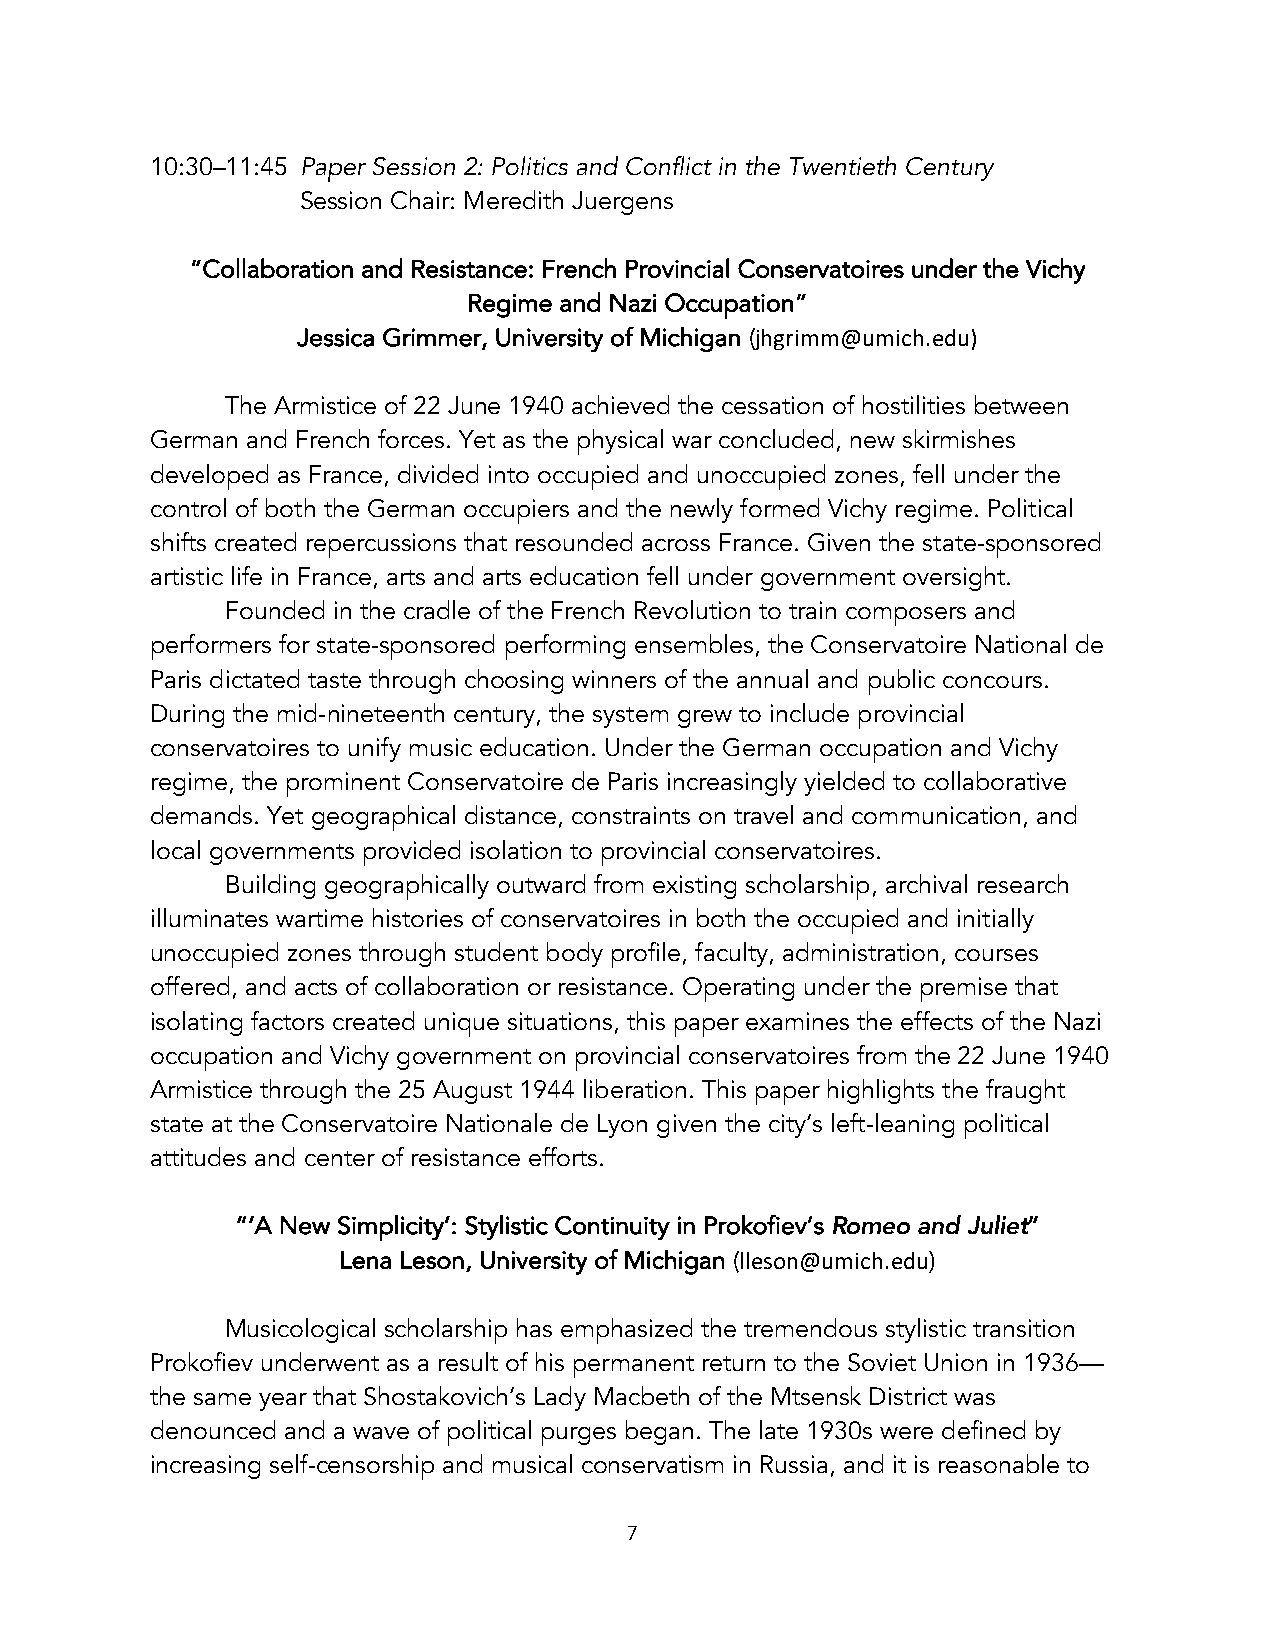
10:30–11:45 Paper Session 2: Politics and Conflict in the Twentieth Century
 Session Chair: Meredith Juergens
 “Collaboration and Resistance: French Provincial Conservatoires under the Vichy
 Regime and Nazi Occupation”
 Jessica Grimmer, University of Michigan (jhgrimm@umich.edu)
 The Armistice of 22 June 1940 achieved the cessation of hostilities between
 German and French forces. Yet as the physical war concluded, new skirmishes
 developed as France, divided into occupied and unoccupied zones, fell under the
 control of both the German occupiers and the newly formed Vichy regime. Political
 shifts created repercussions that resounded across France. Given the state-sponsored
 artistic life in France, arts and arts education fell under government oversight.
 Founded in the cradle of the French Revolution to train composers and
 performers for state-sponsored performing ensembles, the Conservatoire National de
 Paris dictated taste through choosing winners of the annual and public concours.
 During the mid-nineteenth century, the system grew to include provincial
 conservatoires to unify music education. Under the German occupation and Vichy
 regime, the prominent Conservatoire de Paris increasingly yielded to collaborative
 demands. Yet geographical distance, constraints on travel and communication, and
 local governments provided isolation to provincial conservatoires.
 Building geographically outward from existing scholarship, archival research
 illuminates wartime histories of conservatoires in both the occupied and initially
 unoccupied zones through student body profile, faculty, administration, courses
 offered, and acts of collaboration or resistance. Operating under the premise that
 isolating factors created unique situations, this paper examines the effects of the Nazi
 occupation and Vichy government on provincial conservatoires from the 22 June 1940
 Armistice through the 25 August 1944 liberation. This paper highlights the fraught
 state at the Conservatoire Nationale de Lyon given the city’s left-leaning political
 attitudes and center of resistance efforts.
 “‘A New Simplicity’: Stylistic Continuity in Prokofiev’s Romeo and Juliet”
 Lena Leson, University of Michigan (lleson@umich.edu)
 Musicological scholarship has emphasized the tremendous stylistic transition
 Prokofiev underwent as a result of his permanent return to the Soviet Union in 1936—
 the same year that Shostakovich’s Lady Macbeth of the Mtsensk District was
 denounced and a wave of political purges began. The late 1930s were defined by
 increasing self-censorship and musical conservatism in Russia, and it is reasonable to
 7